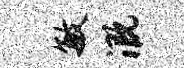
敏溉